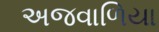
અજવાળિયા